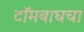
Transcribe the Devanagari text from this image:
टॉमबाघचा